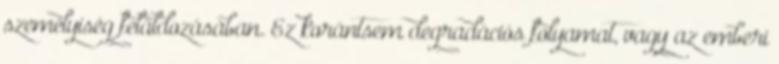
személyiség feláldozásában. Ez korántsem degradációs folyamat, vagy az emberi